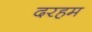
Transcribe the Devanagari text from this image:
दरहम